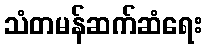
သံတမန်ဆက်ဆံရေး